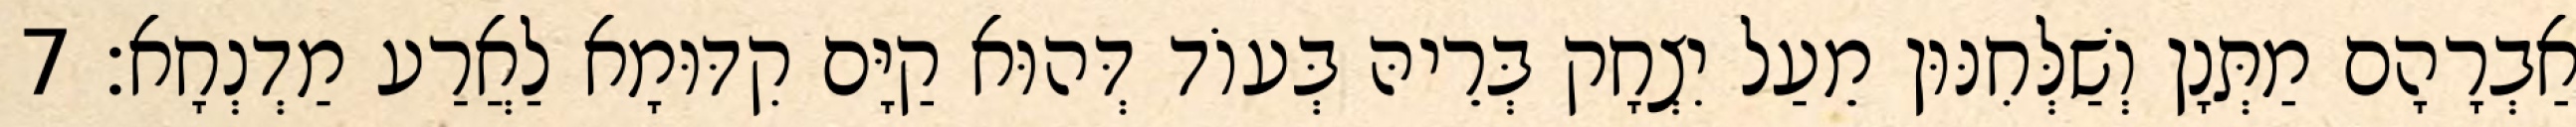
אַבְרָהָם מַתְּנָן וְשַׁלְּחִנּוּן מֵעַל יִצְחָק בְּרֵיהּ בְּעוֹד דְּהוּא קַיָּם קִדּוּמָא לַאֲרַע מַדְנְחָא׃ 7